Regulations for the medical services of the Army of India
Year: 1930
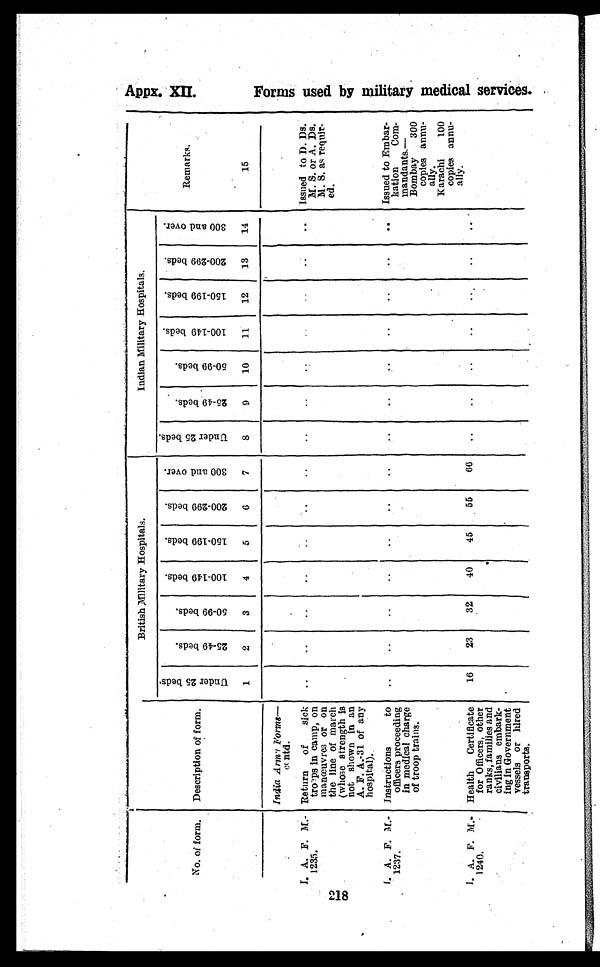
No. of form. Description of form.
British Military Hospitals.
Indian Military Hospitals.
Remarks.
15
U n d e r 2 5 b e d s .
1
2 5 - 4 9 b e d s .
2
5 0 - 9 9 b e d s .
3
1 0 0 - 1 4 9 b e d s .
4
1 5 0 - 1 9 9 b e d s .
5
2 0 0 - 2 9 9 b e d s .
6
3 0 0 a n d o v e r .
7 U n d e r 2 5 b e d s .
8
2 5 - 4 9 b e d s .
9
5 0 - 9 9 b e d s .
1 0
1 0 0 - 1 4 9 b e d s .
1 1
1 5 0 - 1 9 9 b e d s .
1 2
2 0 0 - 2 9 9 b e d s .
1 3
3 0 0 a n d o v e r .
1 4
India Army Forms—
c o n t d .
I. A. F. M.-
1235.
Return of sick
troops in camp, on
manœuvres or on
the line of march
(whose strength is
not shown in an
A. F. A.-31 of any
hospital).
. .
..
..
..
..
..
..
..
..
. .
. .
. .
..
.. issued to D. Ds.
M. S. or A. Ds.
M. S. as requir-
ed.
I. A. F.M.-
1237.
Instructions
to
officers proceeding
in medical charge
of troop trains.
..
..
..
..
..
..
..
..
..
. .
..
..
..
.. Issued to Embar-
kation Com-
mandants.—
Bombay 300
copies annu-
ally.
Karachi
100
copies annu-
ally.
I. A. F. M.-
1240.
Health Certificate
for Officers, other
ranks, families and
civilians embark-
ing in Government
vessels or hired
transports.
16
23
32
40
45
55
66 ..
..
..
..
.
..
Appx. XII.
F o r m s u s e d b y m i l i t a r y m e d i c a l s e r v i c e s .